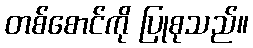
တစ်စောင်ကို ပြုစုသည်။